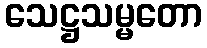
သေဋ္ဌသမ္မတော